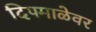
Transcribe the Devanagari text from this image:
दिपमाळेवर